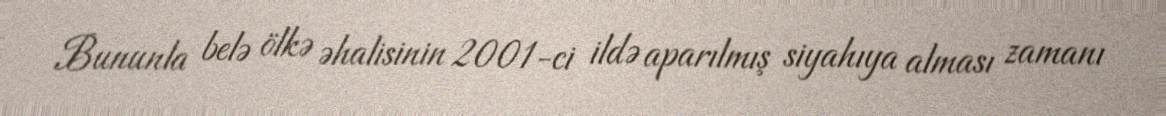
Bununla belə ölkə əhalisinin 2001-ci ildə aparılmış siyahıya alması zamanı